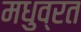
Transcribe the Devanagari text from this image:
मधुव्रत